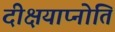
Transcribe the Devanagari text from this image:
दीक्षयाप्नोति